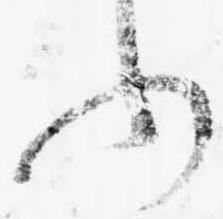
ふ